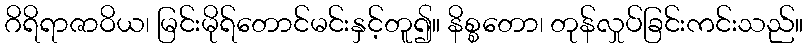
ဂိရိရာဇာဝိယ၊ မြင်းမိုရ်တောင်မင်းနှင့်တူ၍။ နိစ္စတော၊ တုန်လှုပ်ခြင်းကင်းသည်။